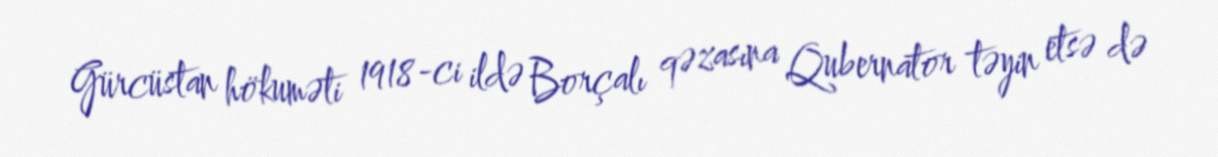
Gürcüstan hökuməti 1918-ci ildə Borçalı qəzasına Qubernator təyin etsə də